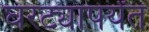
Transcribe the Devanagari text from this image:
घरट्यापर्यंत